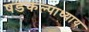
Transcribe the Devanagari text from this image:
षडकल्पाध्याय